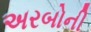
અરબોની